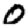
Digit: 0